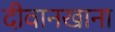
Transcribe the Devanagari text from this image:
दीवानखाना